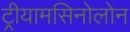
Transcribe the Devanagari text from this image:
ट्रीयामसिनोलोन